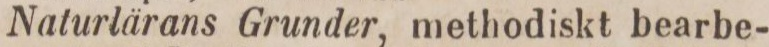
Naturlärans Grunder, methodiskt bearbe-